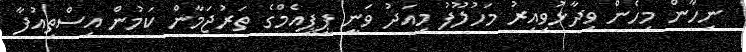
ނިހާން މިހެން ވިދާޅުވިއިރު މަހުލޫފު މިއަދު ވަނީ ޕީޕީއެމްގެ ތަރުޖަމާން ކަމުން އިސްތިއުފާ